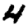
Digit: 4